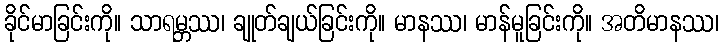
ခိုင်မာခြင်းကို။ သာရမ္ဘဿ၊ ချုတ်ချယ်ခြင်းကို။ မာနဿ၊ မာန်မူခြင်းကို။ အတိမာနဿ၊